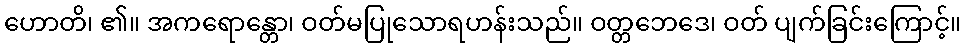
ဟောတိ၊ ၏။ အကရောန္တော၊ ဝတ်မပြုသောရဟန်းသည်။ ဝတ္တဘေဒေ၊ ဝတ် ပျက်ခြင်းကြောင့်။